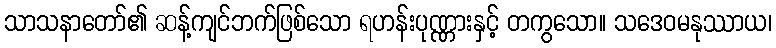
သာသနာတော်၏ ဆန့်ကျင်ဘက်ဖြစ်သော ရဟန်းပုဏ္ဏားနှင့် တကွသော။ သဒေဝမနုဿာယ၊